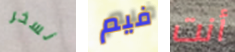
نسخر فيم أنت